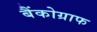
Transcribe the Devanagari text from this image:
बैंकोग्राफ